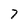
Character: 7